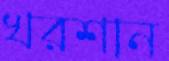
খরশান